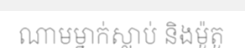
ណាមម្នាក់ស្លាប់ និងម៉ូតូ